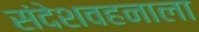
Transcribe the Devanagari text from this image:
संदेशवहनाला